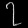
Digit: ၇